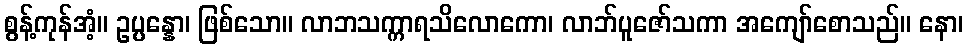
စွန့်ကုန်အံ့။ ဥပ္ပန္နော၊ ဖြစ်သော။ လာဘသက္ကာရသိလောကော၊ လာဘ်ပူဇော်သကာ အကျော်စောသည်။ နော၊